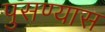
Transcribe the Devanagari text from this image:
पुसण्यास